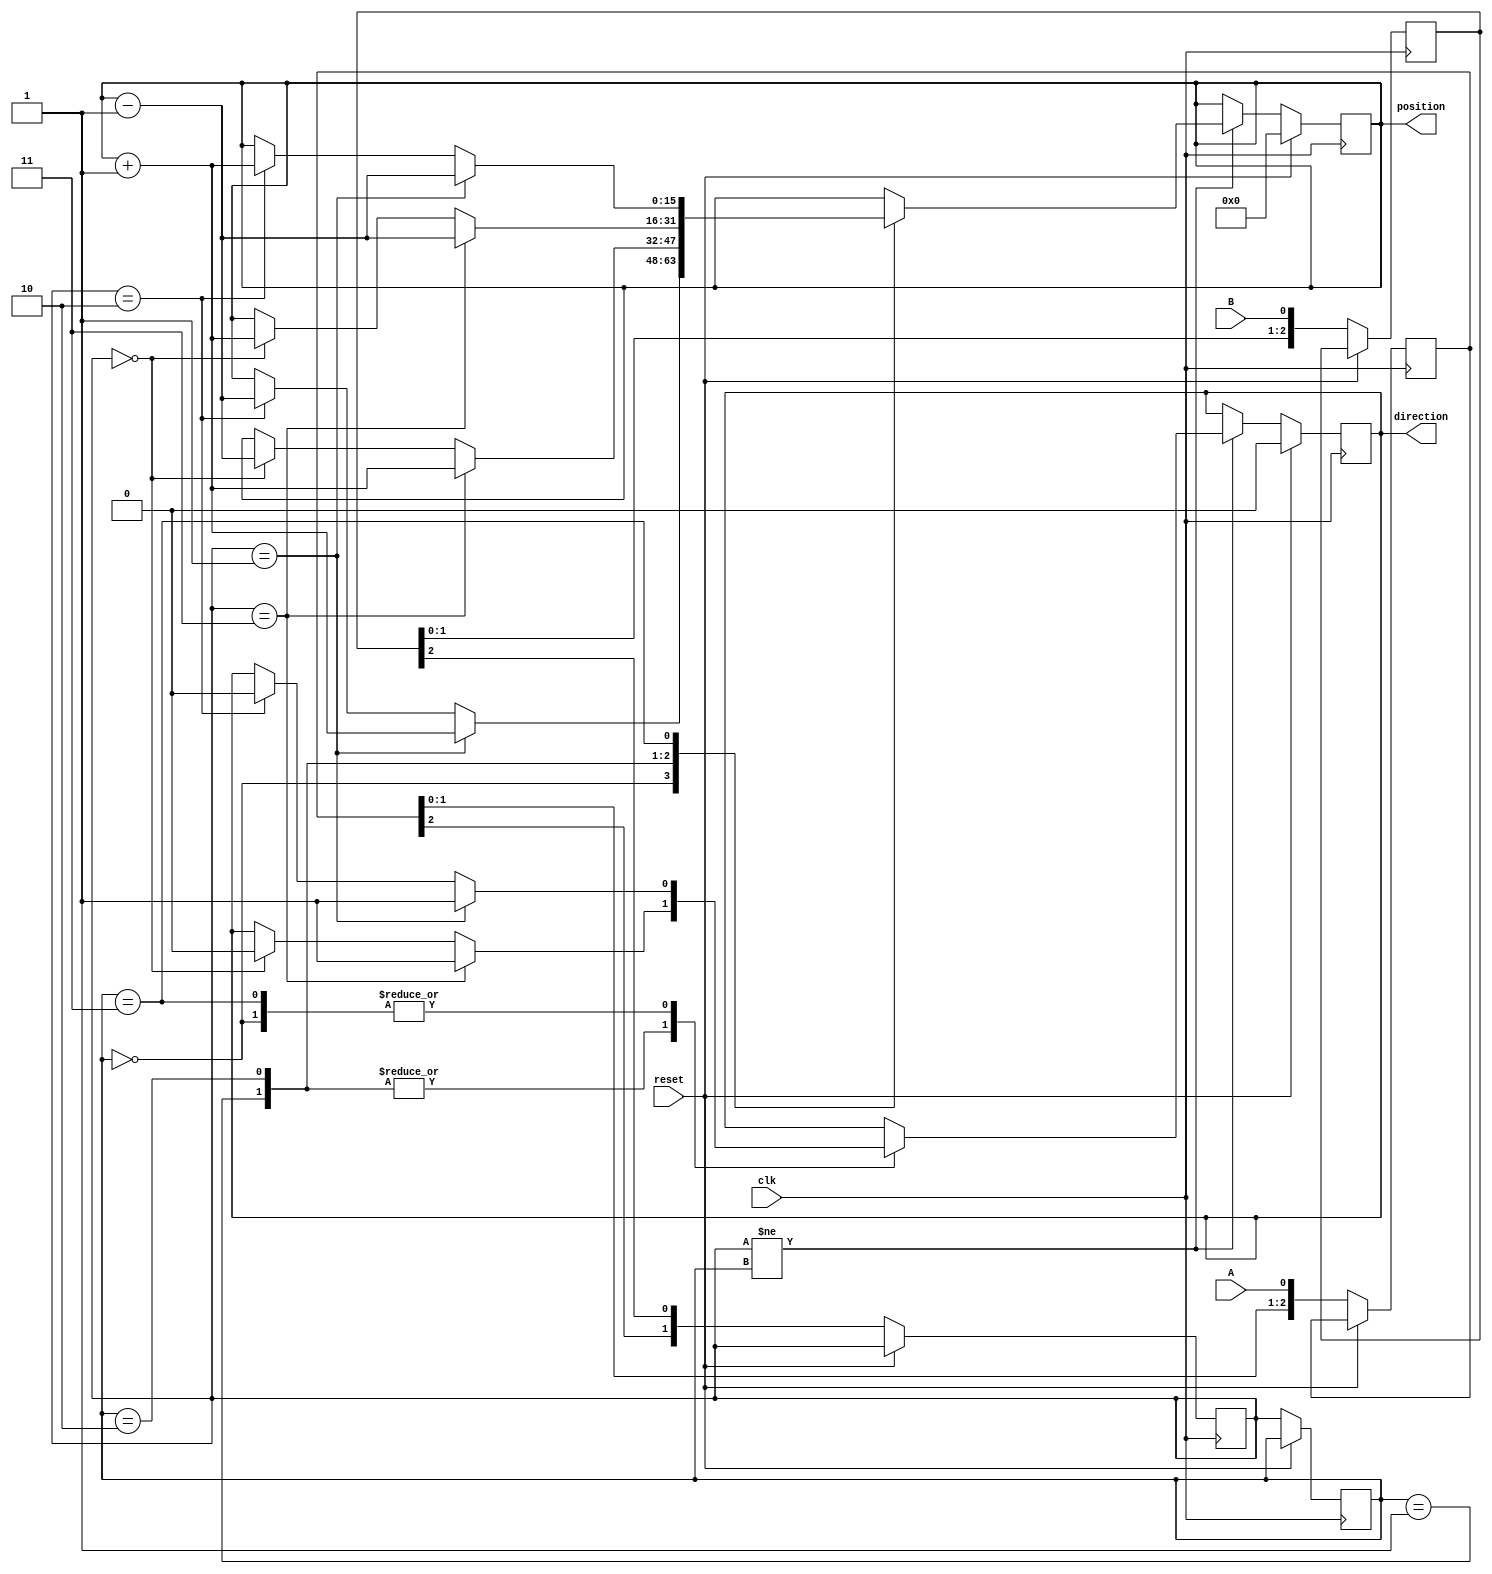
module rotary_encoder (
    input wire clk,          // Clock signal
    input wire reset,        // Reset signal
    input wire A,           // Signal A from rotary encoder
    input wire B,           // Signal B from rotary encoder
    output reg [15:0] position,  // Position counter (16 bits)
    output reg direction     // Direction signal (1: clockwise, 0: counterclockwise)
);

    reg [1:0] state;        // Current state
    reg [1:0] last_state;   // Previous state

    // State encoding
    parameter A_LOW_B_LOW = 2'b00;
    parameter A_LOW_B_HIGH = 2'b01;
    parameter A_HIGH_B_LOW = 2'b10;
    parameter A_HIGH_B_HIGH = 2'b11;

    // Debouncing logic (simple implementation)
    reg [2:0] debounce_A;
    reg [2:0] debounce_B;

    always @(posedge clk) begin
        if (reset) begin
            position <= 16'b0;  // Reset position to 0
            direction <= 1'b0;   // Default direction
        end else begin
            // Debounce signals
            debounce_A <= {debounce_A[1:0], A};
            debounce_B <= {debounce_B[1:0], B};

            // Update state based on debounced signals
            state <= {debounce_A[2], debounce_B[2]};

            // Detect changes in state
            if (state != last_state) begin
                // Determine direction based on state transition
                case (last_state)
                    A_LOW_B_LOW: begin
                        if (state == A_LOW_B_HIGH) begin
                            position <= position + 1; // Clockwise
                            direction <= 1'b1; 
                        end else if (state == A_HIGH_B_LOW) begin
                            position <= position - 1; // Counterclockwise
                            direction <= 1'b0; 
                        end
                    end
                    A_LOW_B_HIGH: begin
                        if (state == A_HIGH_B_HIGH) begin
                            position <= position + 1; // Clockwise
                            direction <= 1'b1; 
                        end else if (state == A_LOW_B_LOW) begin
                            position <= position - 1; // Counterclockwise
                            direction <= 1'b0; 
                        end
                    end
                    A_HIGH_B_LOW: begin
                        if (state == A_HIGH_B_HIGH) begin
                            position <= position - 1; // Clockwise
                            direction <= 1'b1; 
                        end else if (state == A_LOW_B_LOW) begin
                            position <= position + 1; // Counterclockwise
                            direction <= 1'b0; 
                        end
                    end
                    A_HIGH_B_HIGH: begin
                        if (state == A_LOW_B_HIGH) begin
                            position <= position - 1; // Clockwise
                            direction <= 1'b1; 
                        end else if (state == A_HIGH_B_LOW) begin
                            position <= position + 1; // Counterclockwise
                            direction <= 1'b0; 
                        end
                    end
                endcase
            end

            // Store the current state for the next clock cycle
            last_state <= state;
        end
    end

endmodule